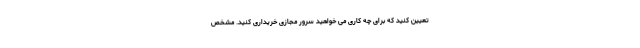
تعیین کنید که برای چه کاری می خواهید سرور مجازی خریداری کنید. مشخص